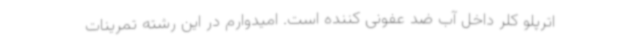
اترپلو کلر داخل آب ضد عفونی کننده است. امیدوارم در این رشته تمرینات